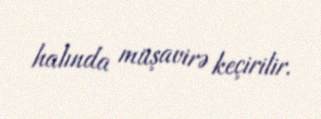
halında müşavirə keçirilir.